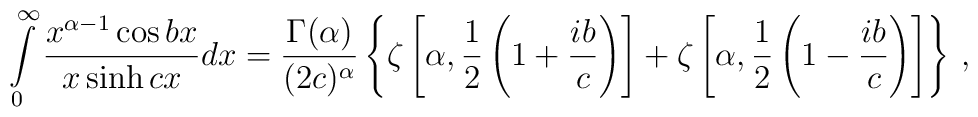
\int\limits_{0}^{\infty} \frac{x^{\alpha - 1} \cos{bx}}{x\sinh{c x}}dx = \frac{\Gamma (\alpha )}{(2c)^{\alpha}}\left\{ \zeta \left[\alpha ,\frac{1}{2}\left( 1+\frac{ib}{c}\right)  \right] + \zeta \left[\alpha ,\frac{1}{2}\left( 1-\frac{ib}{c}\right)  \right] \right\}\,,